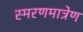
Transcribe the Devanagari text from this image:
स्मरणमात्रेण